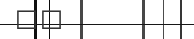
٥٧